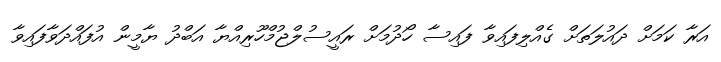
އަރާ ކަމަށް ދައުލަތަށް ގެއްލިފައިވާ ފައިސާ ހޯދުމަށް ރައީސުލްޖުމްހޫރިއްޔާ އަބްދު ޔާމީން އުފައްދަވާފައިވާ